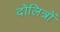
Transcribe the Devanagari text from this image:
दोलित्रों